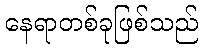
နေရာတစ်ခုဖြစ်သည်